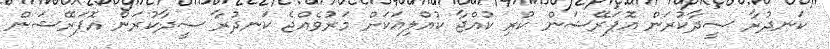
ކަނދުރާ ސީދާކުރަން އޮޕަރޭޝަން ކުރި ކުއްޖާ ކުއްލިއަކަށް މަރުވެއްޖެ ކަނދުރާ ސީދާކުރަން އޮޕަރޭޝަން